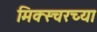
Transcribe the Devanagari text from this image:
मिक्स्चरच्या